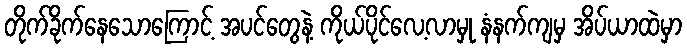
တိုက်ခိုက်နေသောကြောင့် အပင်တွေနဲ့ ကိုယ်ပိုင်လေ့လာမှု နံနက်ကျမှ အိပ်ယာထဲမှာ